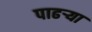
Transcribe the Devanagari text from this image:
पाढर्‍या